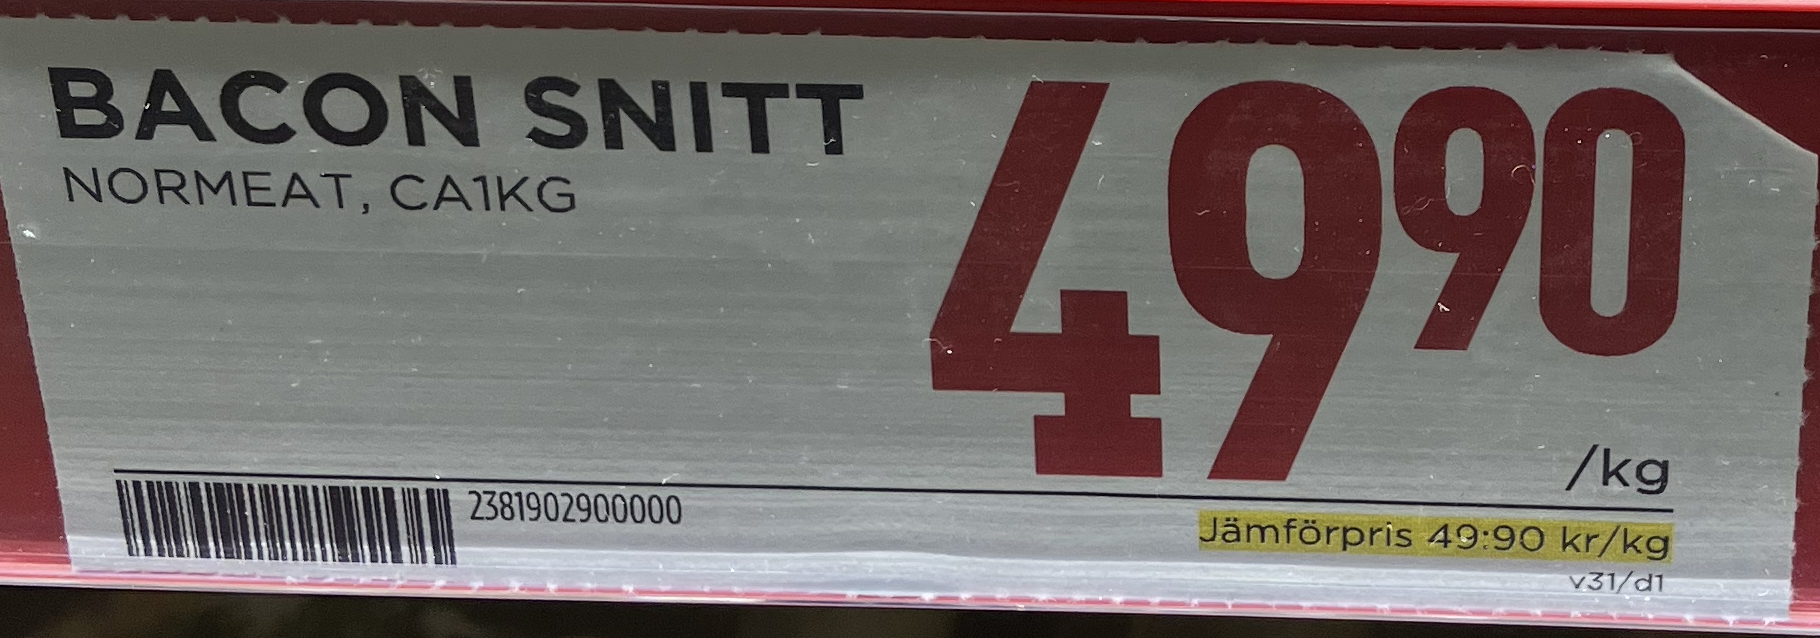
Vara: Bacon Snitt
Genomsnittspris: 49.9 per kg